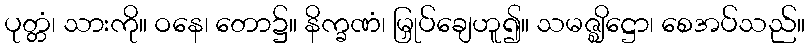
ပုတ္တံ၊ သားကို။ ဝနေ၊ တော၌။ နိက္ခဏံ၊ မြှုပ်ချေဟူ၍။ သမဇ္ဈိဋ္ဌော၊ စေအပ်သည်။